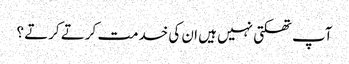
آپ تھکتی نہیں ہیں ان کی خدمت کرتے کرتے ؟